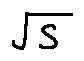
\sqrt { S }